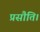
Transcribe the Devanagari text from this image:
प्रसौति।